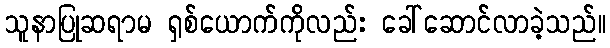
သူနာပြုဆရာမ ရှစ်ယောက်ကိုလည်း ခေါ်ဆောင်လာခဲ့သည်။